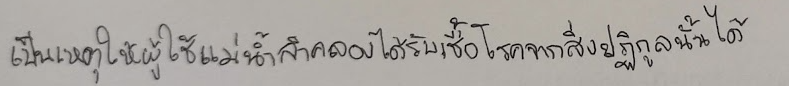
เป็นเหตุให้ผู้ใช้แม่น้ำลำคลองได้รับเชื้อโรคจากสิ่งปฏิกูลนั้นได้